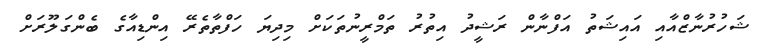
ޝަހުރުނާޒްއާއި އައިޝަތު އަފްނާން ރަޝީދު އިތުރު ތަމްރީނުތަކަށް މިދިޔަ ހަފްތާތެރޭ އިންޑިއާގެ ބެންގަލޫރަށް